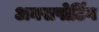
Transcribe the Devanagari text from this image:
अनसपोर्टिंग